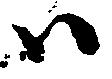
ハ